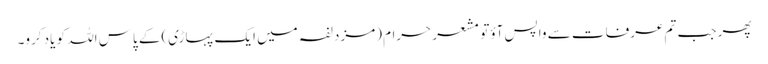
پھر جب تم عرفات سے واپس آؤتو مشعر حرام (مزدلفہ میں ایک پہاڑی)کے پاس اللہ کو یاد کرو۔